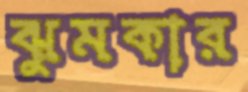
ঝুমকার